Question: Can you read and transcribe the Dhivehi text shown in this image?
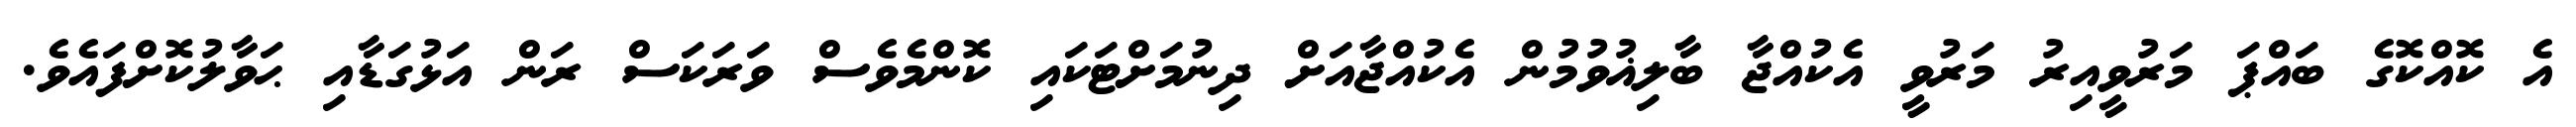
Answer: އެ ކޮއްކޮގެ ބައްޕަ މަރުވީއިރު މަރުވީ އެކުއްޖާ ބާލިޣުވުމުން އެކުއްޖާއަށް ދިނުމަށްޓަކައި ކޮންމެވެސް ވަރަކަސް ރަން އަޅުގަޑާއި ޙަވާލުކޮށްފައެވެ.